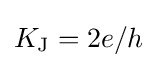
K_{\mathrm {J} }=2e/h